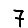
Digit: 7